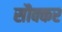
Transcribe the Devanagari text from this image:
सौक्कर